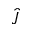
\hat { J }